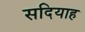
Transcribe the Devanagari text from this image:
सदियाह